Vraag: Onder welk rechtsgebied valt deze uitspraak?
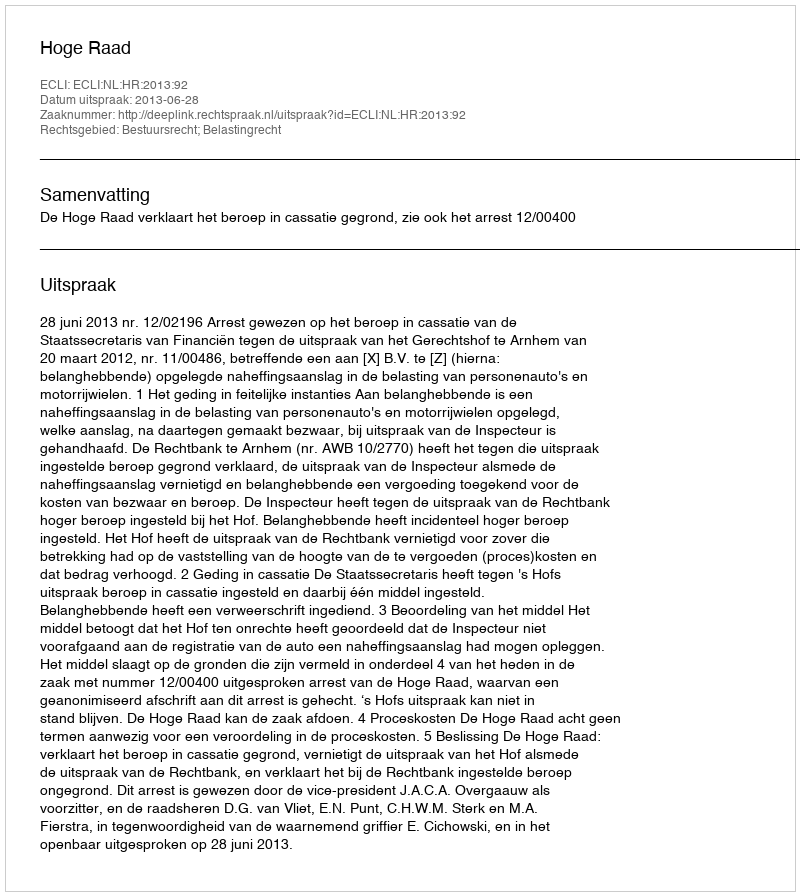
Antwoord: Bestuursrecht; Belastingrecht